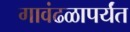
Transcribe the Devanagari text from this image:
गावंढळापर्यंत